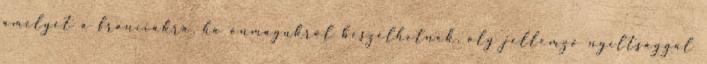
amelyet a franciákra, ha önmagukról beszélhetnek, oly jellemző nyíltsággal